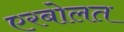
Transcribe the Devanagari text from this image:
एरबोलत